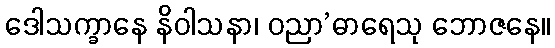
ဒေါသက္ခာနေ နိဝါသနာ၊ ဝညာ’ဓာရေသု ဘောဇနေ။